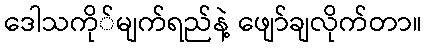
ဒေါသကို်မျက်ရည်နဲ့ ဖျော်ချလိုက်တာ။